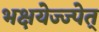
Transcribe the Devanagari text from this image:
भक्षयेज्ज्पेत्